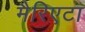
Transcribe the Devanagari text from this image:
मैरिएटा